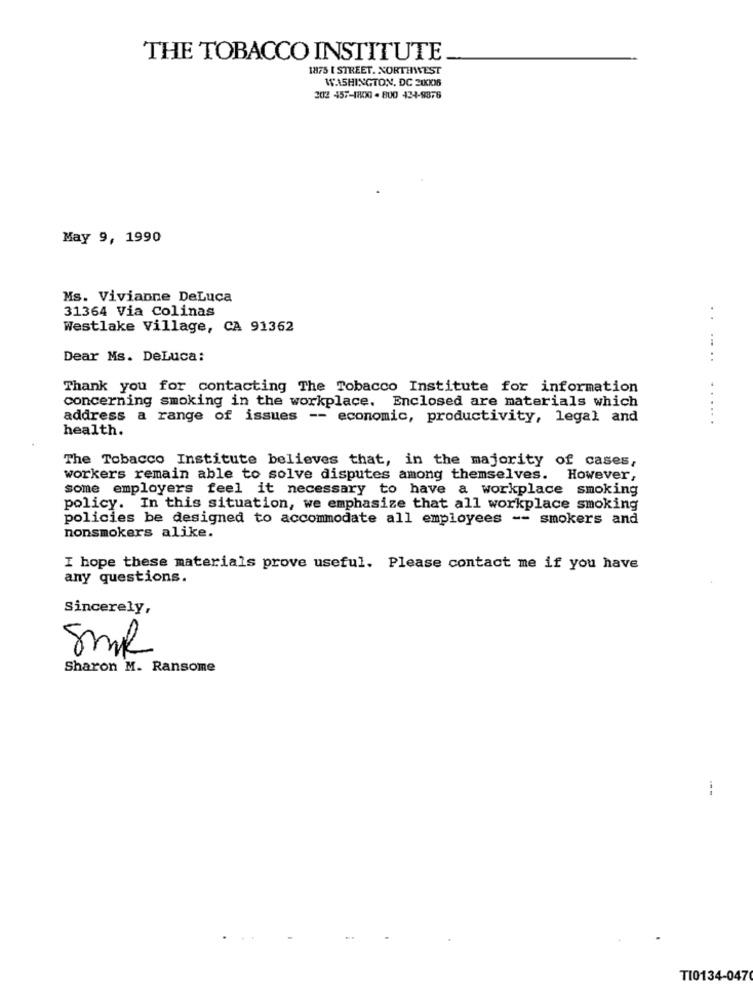
THE TOBACCO INSTITUTE
1875 [ STREET. NORTHWEST
WASHINGTON, DC 200IB
202 457-1800 - 800 434-9876
May 9, 1990
Ms. Vivianne DeLuca
31364 Via Colinas
Westlake Village, CA 91362
Dear Ms. DeLuca:
......
Thank you for contacting The Tobacco Institute for information
concerning smoking in the workplace. Enclosed are materials which
address a range of issues -- economic, productivity, legal and
......
health.
The Tobacco Institute believes that, in the majority of cases,
workers remain able to solve disputes among themselves. However,
some employers feel it necessary to have a workplace smoking
policy. In this situation, we emphasize that all workplace smoking
policies be designed to accommodate all employees -- smokers and
nonsmokers alike.
I hope these materials prove useful. Please contact me if you have
any questions.
Sincerely,
5ml
Sharon M. Ransome
TI0134-0470